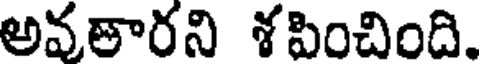
అవతారని శపించింది.